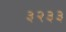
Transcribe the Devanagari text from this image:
३२३३